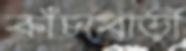
কাঁচাবাড়ী